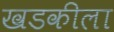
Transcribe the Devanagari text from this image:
खडकीला